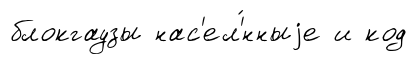
блокгаузы нас'ел'́нныjе и код